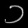
Digit: ၁